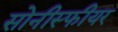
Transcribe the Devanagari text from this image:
सोनीस्फीयर